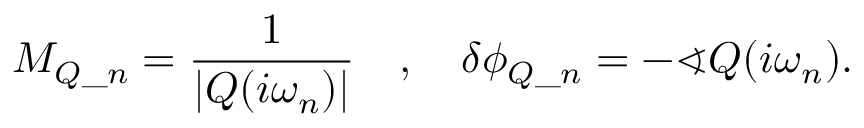
M _ { Q \_ n } = \frac { 1 } { | Q ( i \omega _ { n } ) | } \quad , \quad \delta \phi _ { Q \_ n } = - \sphericalangle Q ( i \omega _ { n } ) .